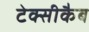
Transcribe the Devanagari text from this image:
टेक्सीकैब